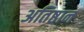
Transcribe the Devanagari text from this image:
अतिष्ठान